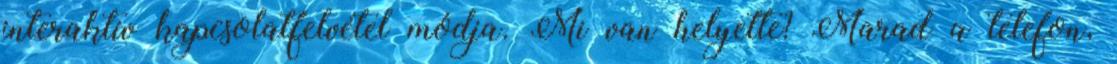
interaktív kapcsolatfelvétel módja. Mi van helyette? Marad a telefon,